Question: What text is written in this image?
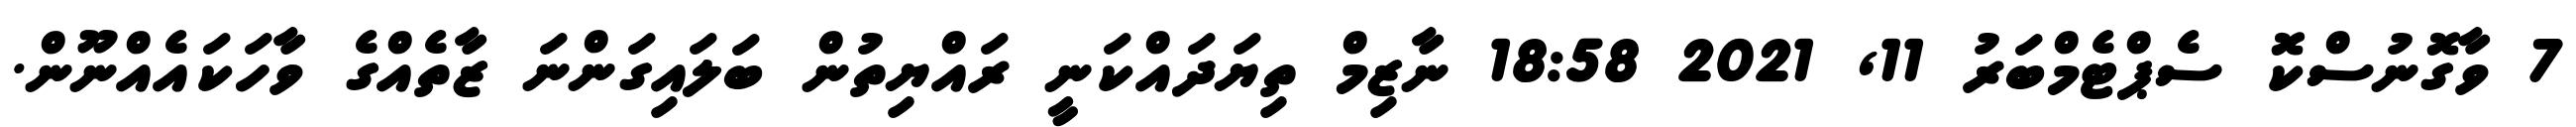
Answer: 7 ވާގޮނުސްކޮ ސެޕްޓެމްބަރު 11, 2021 18:58 ނާޒިމް ތިޔަދައްކަނީ ރައްޔިތުން ބަލައިގަންނަ ޒާތެއްގެ ވާހަކައެއްނޫން.